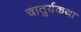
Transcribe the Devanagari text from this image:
चातुर्यकथा